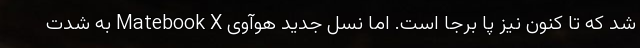
شد که تا کنون نیز پا برجا است. اما نسل جدید هوآوی Matebook X به شدت